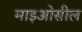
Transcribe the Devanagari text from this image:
माइओसील